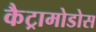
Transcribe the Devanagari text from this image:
कैट्रामोडोस